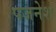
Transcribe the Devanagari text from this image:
पजनेश